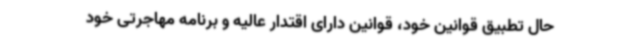
حال تطبیق قوانین خود، قوانین دارای اقتدار عالیه و برنامه مهاجرتی خود